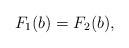
LaTeX: \begin{align*}F_1(b)= F_2(b),\end{align*}